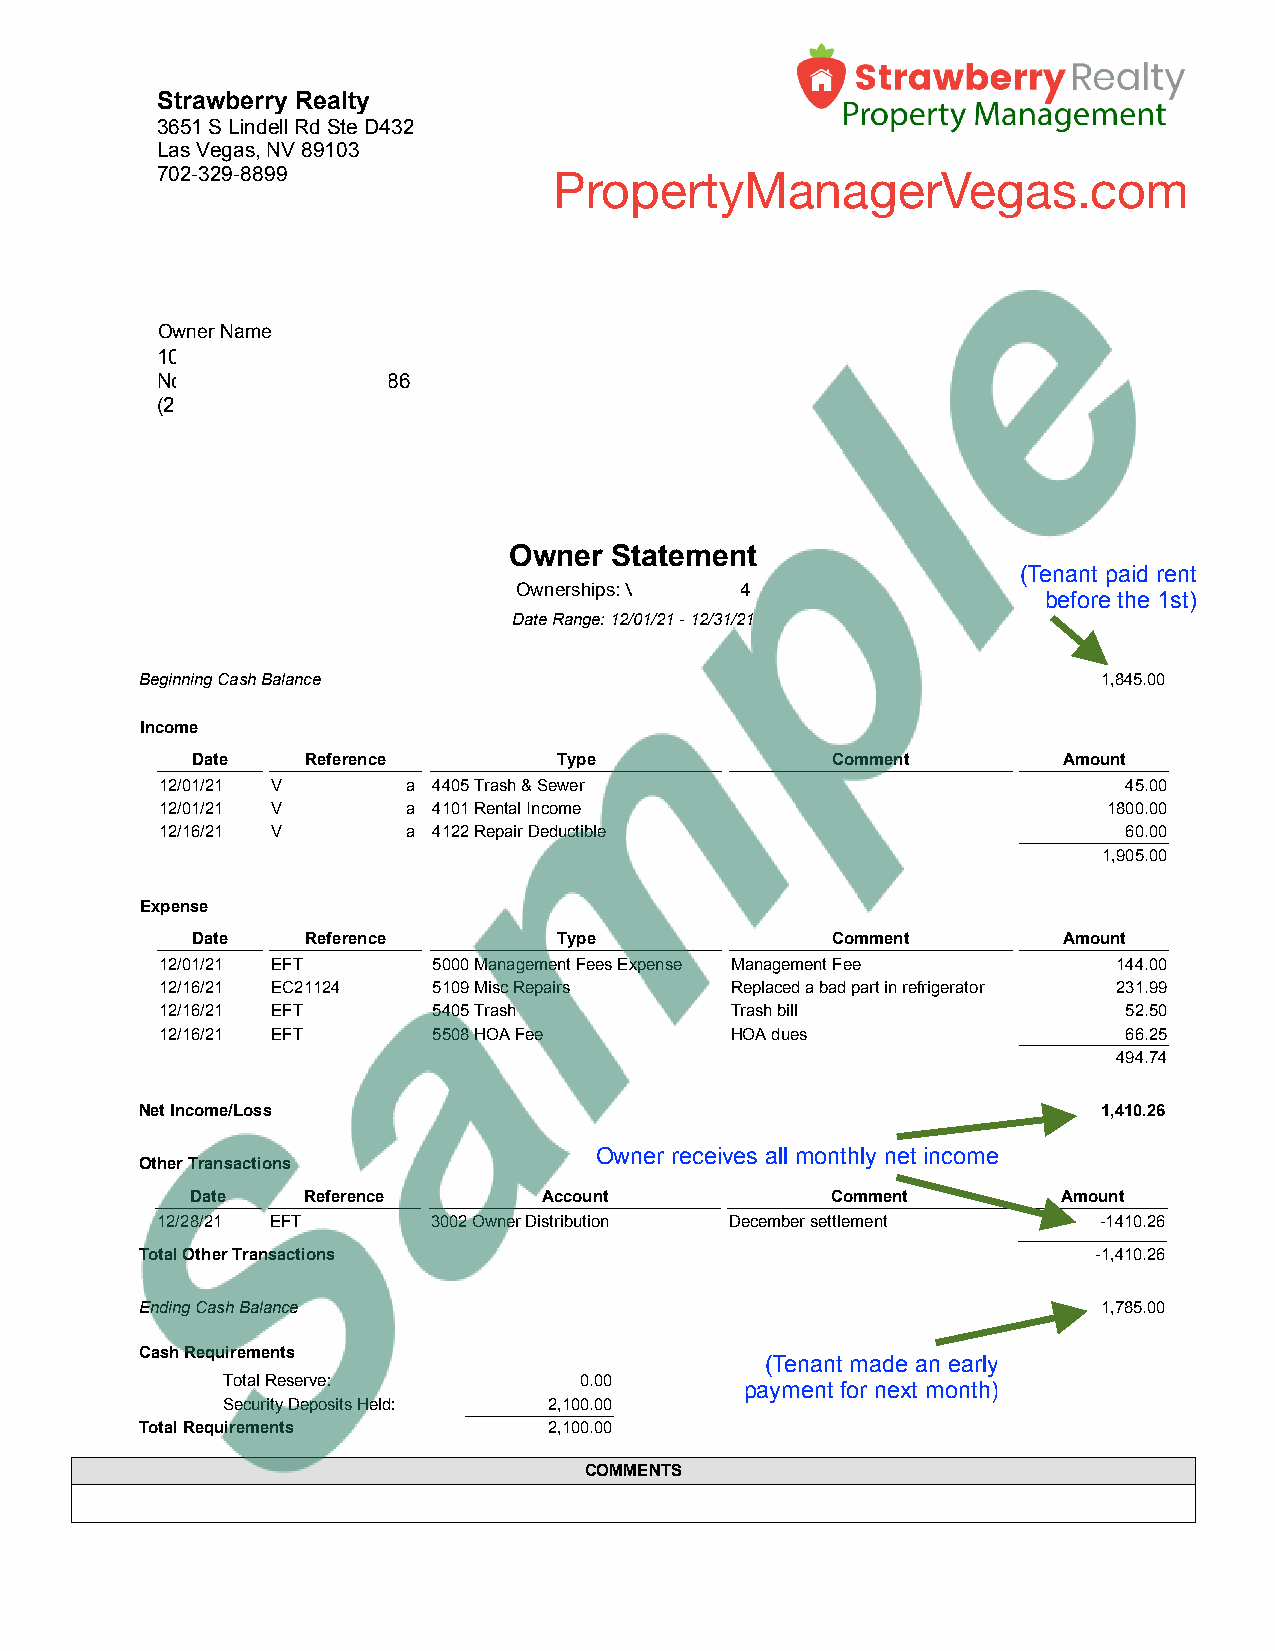
Strawberry Realty
 3651 S Lindell Rd Ste D432
 Las Vegas, NV 89103
 702-329-8899               PropertyManagerVegas.com
 AOrwgneelira N Daamveis
 1021 Madaline Nicole Av
 North Las Vegas NV 89086
 (229)444-1211
 Owner Statement
 (Tenant paid rent
 Ownerships: Valdosta10544
 before the 1st)
 Date Range: 12/01/21 - 12/31/21
 Beginning Cash Balance                                          1,845.00
 Income
 Date   Reference        Type              Comment        Amount
 12/01/21 Valdosta - Valdosta 4405 Trash & Sewer Ana Bailetti    45.00
 12/01/21 Valdosta - Valdosta 4101 Rental Income Ana Bailetti  1800.00
 12/16/21 Valdosta - Valdosta 4122 Repair Deductible Ana Bailetti 60.00
 1,905.00
 Expense
 Date   Reference        Type              Comment        Amount
 12/01/21 EFT      5000 Management Fees Expense Management Fee  144.00
 12/16/21 EC21124  5109 Misc Repairs  Replaced a bad part in refrigerator 231.99
 12/16/21 EFT      5405 Trash         Trash bill                 52.50
 12/16/21 EFT      5508 HOA Fee       HOA dues                   66.25
 494.74
 Net Income/Loss                                                 1,410.26
 Owner receives all monthly net income
 Other Transactions
 Date   Reference       Account            Comment        Amount
 12/28/21 EFT       3002 Owner Distribution December settlement -1410.26
 Total Other Transactions                                        -1,410.26
 Ending Cash Balance                                             1,785.00
 Cash Requirements
 (Tenant made an early
 Total Reserve:         0.00
 payment for next month)
 Security Deposits Held: 2,100.00
 Total Requirements         2,100.00
 COMMENTS